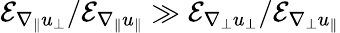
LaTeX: \mathcal{E}_{\nabla_{\| }u_{\perp}}/\mathcal{E}_{\nabla_{\| }u_{\| }}\gg\mathcal{E}_{\nabla_{\perp}u_{\perp}}/\mathcal{E}_{\nabla_{\perp}u_{\| }}